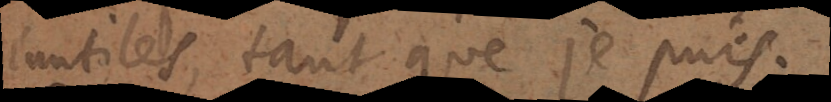
inutiles, tant que je puis.